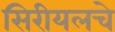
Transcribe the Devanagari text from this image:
सिरीयलचे